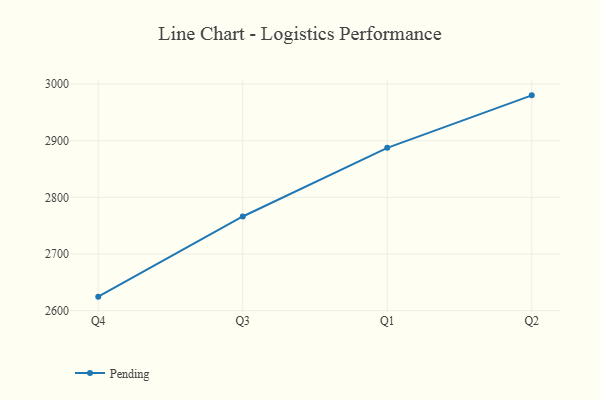
{"axis": {"x": "Quarter", "y": "Headcount"}, "legend": ["Pending"], "data": [{"x": "Q4", "y": 2624.7, "type": "Pending"}, {"x": "Q3", "y": 2766.2, "type": "Pending"}, {"x": "Q1", "y": 2887.5, "type": "Pending"}, {"x": "Q2", "y": 2980.1, "type": "Pending"}]}